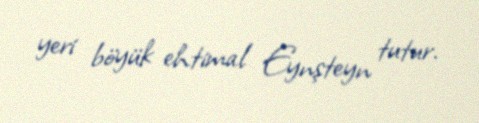
yeri böyük ehtimal Eynşteyn tutur.